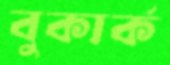
বুকার্ক